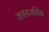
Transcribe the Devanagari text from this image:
जयराजसिंग